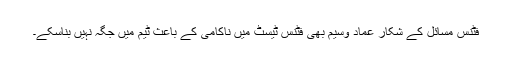
فٹنس مسائل کے شکار عماد وسیم بھی فٹنس ٹیسٹ میں ناکامی کے باعث ٹیم میں جگہ نہیں بناسکے۔